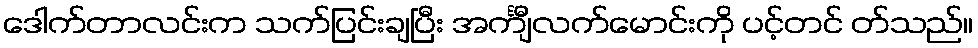
ဒေါက်တာလင်းက သက်ပြင်းချပြီး အင်္ကျီလက်မောင်းကို ပင့်တင် တ်သည်။